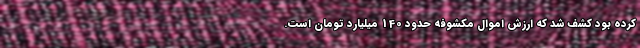
کرده بود کشف شد که ارزش اموال مکشوفه حدود 140 میلیارد تومان است.